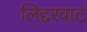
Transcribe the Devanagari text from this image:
लिद्दरवाट